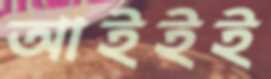
আইইই